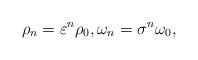
LaTeX: \begin{align*}\rho_n=\varepsilon^n\rho_0, \omega_n= \sigma^n\omega_0,\end{align*}